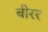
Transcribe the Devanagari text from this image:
बीरर